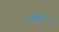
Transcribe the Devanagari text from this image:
लघ्रुप